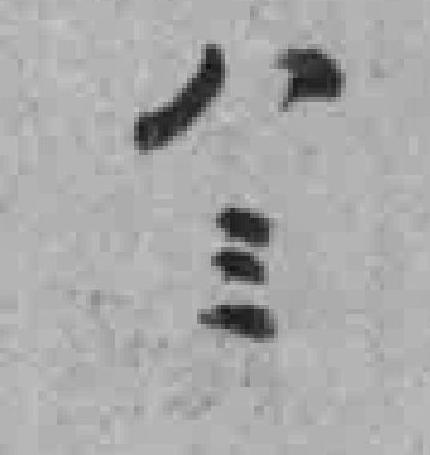
八三